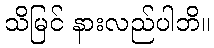
သိမြင် နားလည်ပါဘိ။